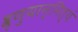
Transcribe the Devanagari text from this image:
श्रृणुयान्नित्यं